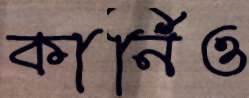
কার্নিও